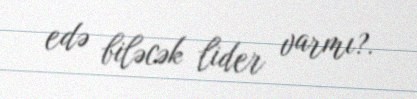
edə biləcək lider varmı?.